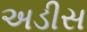
અડીસ